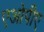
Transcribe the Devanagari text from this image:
एओपीए